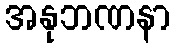
အနုဘဏနာ